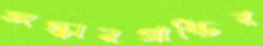
অস্কারপ্রাপ্তির